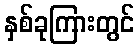
နှစ်ခုကြားတွင်